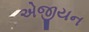
એજીયન